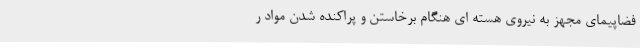
فضاپیمای مجهز به نیروی هسته ای هنگام برخاستن و پراکنده شدن مواد ر